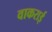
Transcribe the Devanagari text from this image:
वाकराई